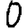
Digit: 0